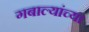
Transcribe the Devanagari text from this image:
गबाल्यांच्या